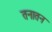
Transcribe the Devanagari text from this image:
तनातन